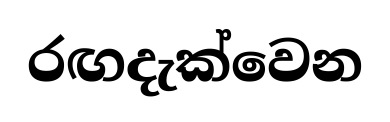
රඟදැක්වෙන